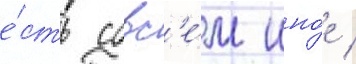
е́сть совс'е́м ино́е /